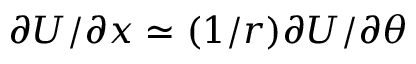
\partial U / \partial x \simeq ( 1 / r ) \partial U / \partial \theta